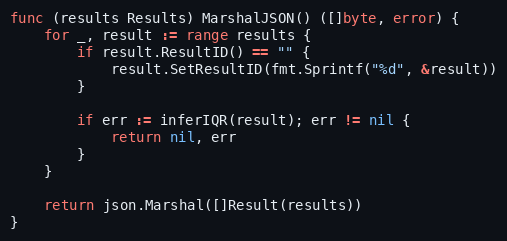
Language: Go
func (results Results) MarshalJSON() ([]byte, error) {
	for _, result := range results {
		if result.ResultID() == "" {
			result.SetResultID(fmt.Sprintf("%d", &result))
		}

		if err := inferIQR(result); err != nil {
			return nil, err
		}
	}

	return json.Marshal([]Result(results))
}